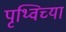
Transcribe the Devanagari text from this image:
पृथ्विच्या